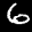
Label: 6